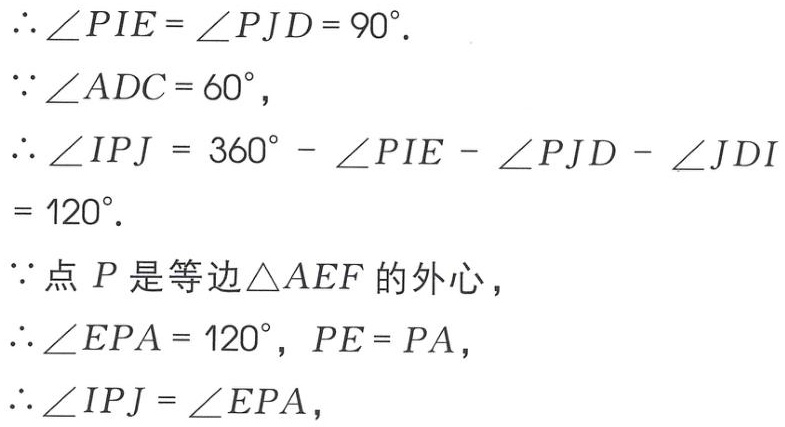
\(\therefore \angle PIE = \angle PJD = 90^{\circ}.\)
\(\because \angle ADC = 60^{\circ},\)
\(\therefore \angle IPJ = 360^{\circ} - \angle PIE - \angle PJD - \angle JDI\)
\(= 120^{\circ}.\)
\(\because\)点\(P\)是等边\(\triangle AEF\)的外心，
\(\therefore \angle EPA = 120^{\circ}, PE = PA,\)
\(\therefore \angle IPJ = \angle EPA,\)